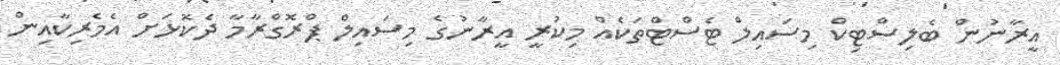
އީރާނުން ބެލިސްޓިކް މިސައިލް ޓެސްޓްތަކެއް މިކުރީ އީރާނުގެ މިސައިލް ޕްރޮގްރާމާ ދެކޮޅަށް އެމެރިކާއިން